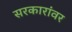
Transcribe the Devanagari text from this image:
सरकारांवर